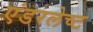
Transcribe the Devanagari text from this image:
एंडरलेच्ट